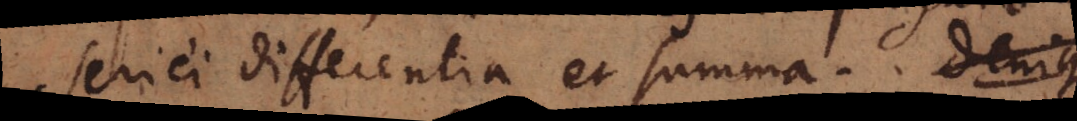
seriei differentia et summa.